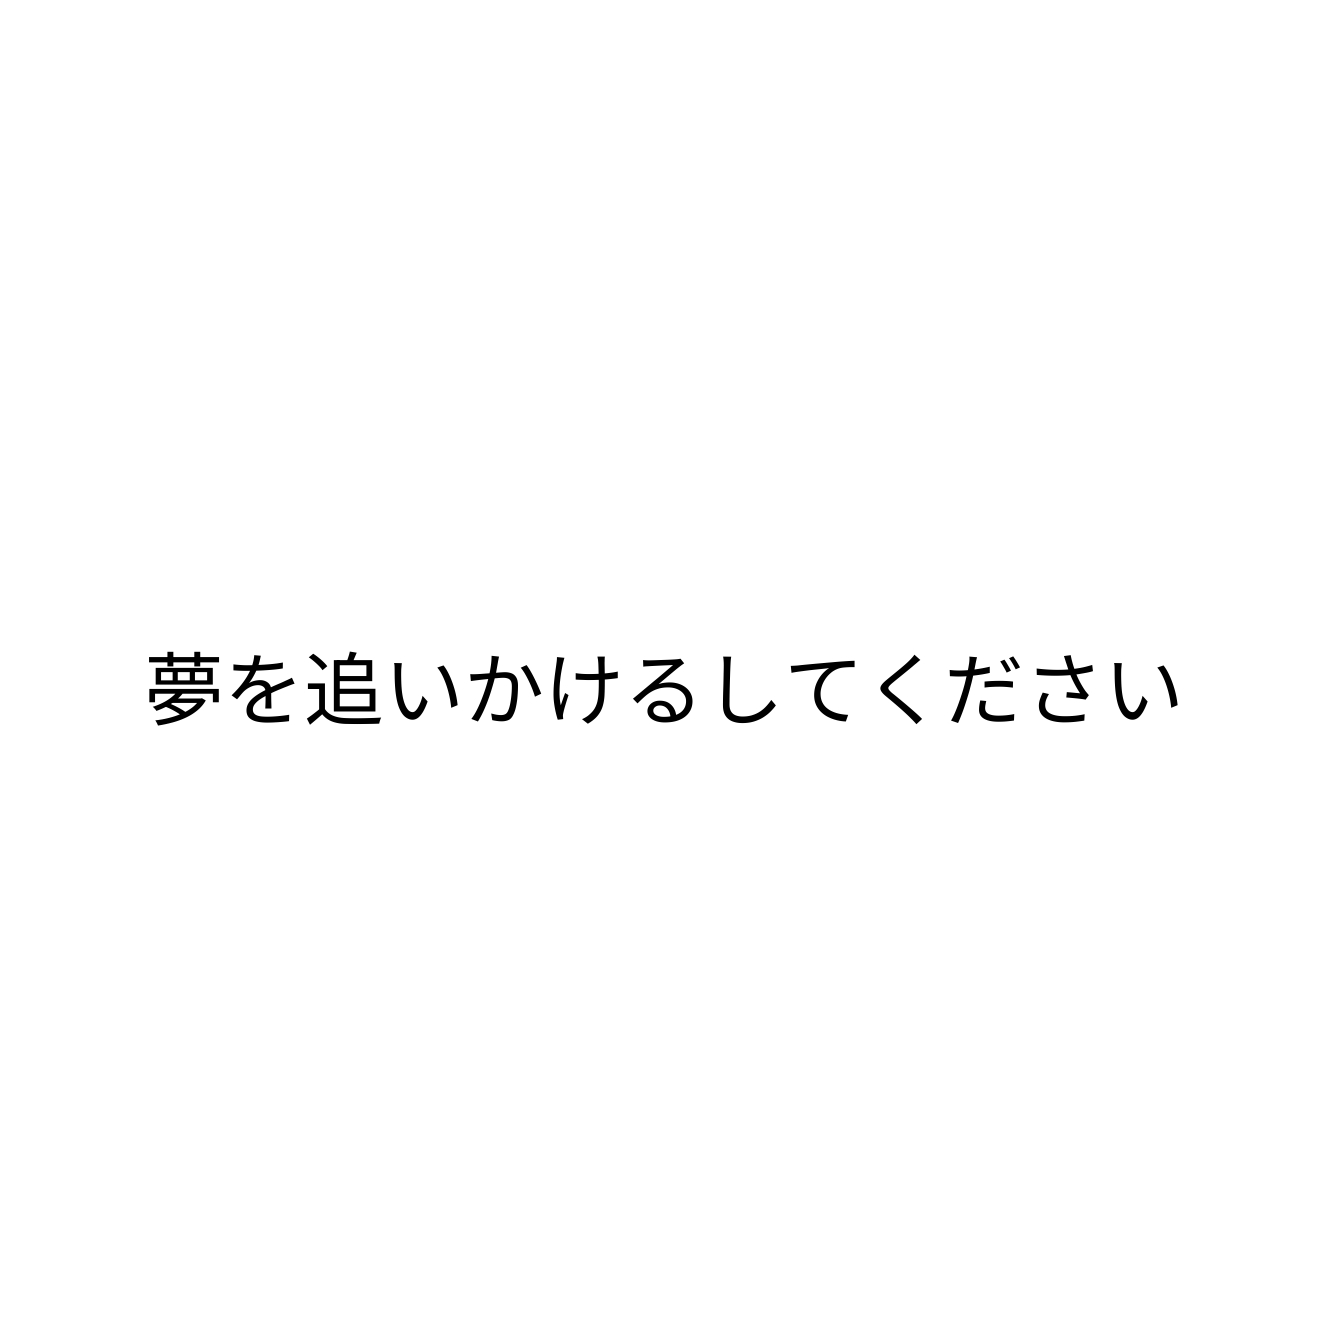
夢を追いかけるしてください